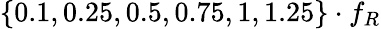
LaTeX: \{ 0.1,0.25,0.5,0.75,1,1.25\} \cdot f_{R}